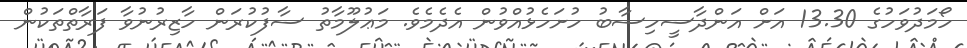
ހޯމަދުވަހުގެ 13.30 އަށް އަންދާސީހިސާބު ހުށަހެޅުއްވުން އެދެމެވެ. މަޢުލޫމާތު ސާފުކުރަން ހާޒިރުނުވާ ފަރާތްތަކުން